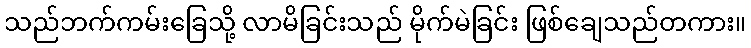
သည်ဘက်ကမ်းခြေသို့ လာမိခြင်းသည် မိုက်မဲခြင်း ဖြစ်ချေသည်တကား။